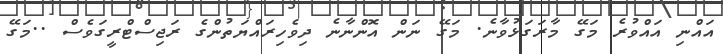
އައްނި އައްވުރެ މަގޭ މާރަގަޅުވާނެ. މަގޭ ނަން އޮންނާނެ ދިވެހިރައްޔަތުންގެ ރަޖިސްޓްރީގަވެސް ..މަގޭ